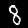
Label: 8